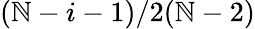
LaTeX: (\mathbb{N}-i-1)/2(\mathbb{N}-2)